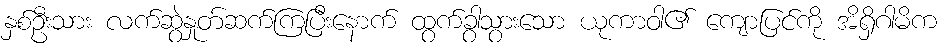
နှစ်ဦးသား လက်ဆွဲနှုတ်ဆက်ကြပြီးနောက် ထွက်ခွာသွားသော ယုကာဝါ၏ ကျောပြင်ကို အိရှိဂါမိက